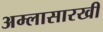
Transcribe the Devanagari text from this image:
अम्लासारखी